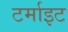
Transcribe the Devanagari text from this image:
टर्माइट